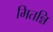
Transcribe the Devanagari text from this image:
मितन्नि